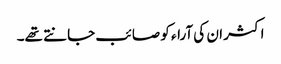
اکثر ان کی آراء کو صائب جانتے تھے۔